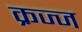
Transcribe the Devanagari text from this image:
क्रज्ज